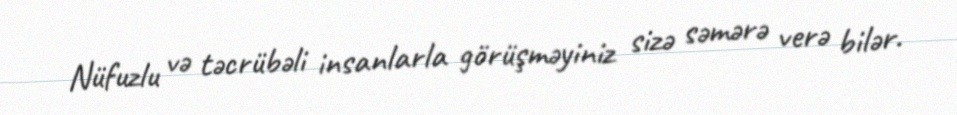
Nüfuzlu və təcrübəli insanlarla görüşməyiniz sizə səmərə verə bilər.